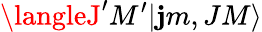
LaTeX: \langleJ^{\prime}M^{\prime}|\mathbf{j}m,JM\rangle